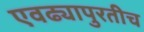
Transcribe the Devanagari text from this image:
एवढ्यापुरतीच